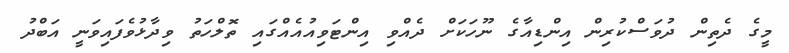
މީގެ ދެތިން ދުވަސްކުރިން އިންޑިއާގެ ނޫހަކަށް ދެއްވި އިންޓަވިއުއެއްގައި ތޮލްހަތު ވިދާޅުވެފައިވަނީ އަބްދު